Lunatic asylums Burma 1907-21 - 1907-1921
Year: 1907
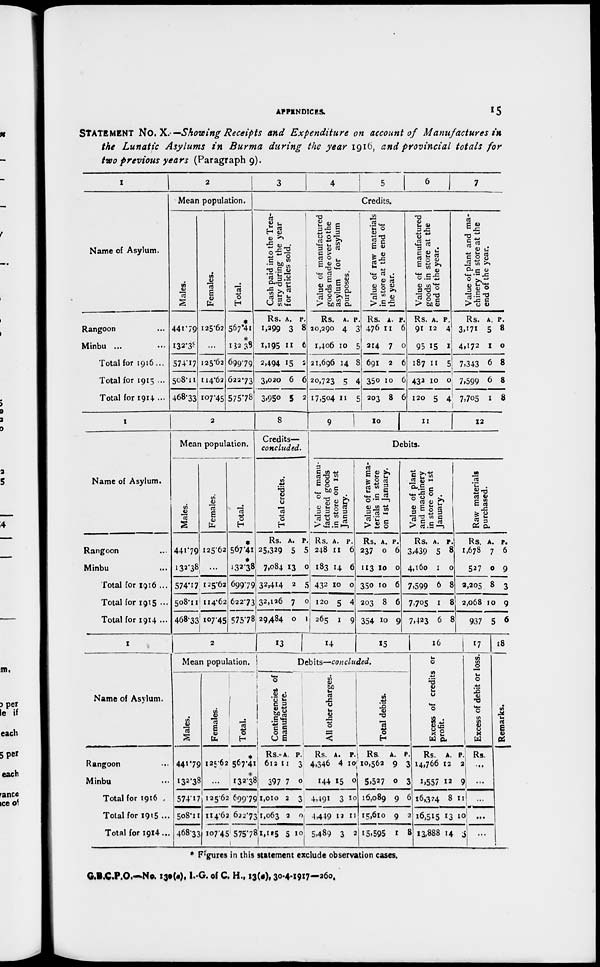
APPENDICES.
15
STATEMENT No. X.—Showing Receipts and Expenditure on account of Manufactures in
the Lunatic Asylums in Burma during the year 1916, and provincial totals for
two previous years (Paragraph 9).
1
Name of Asylum.
Rangoon ...
Minbu ...
Total for 1916...
Total for 1915 ...
Total for 1914 ...
2
Mean population.
Mal es .
441.79
132.38
574.17
508.11
468.33
Fe ma l
e s .
125.62
...
125.62
114.62
107.45
Total.
*
567.41
132.38
699.79
622.73
575.78
3
4
5
6
7
Credits.
Cash paid into the Trea-
sury during the year
for articles sold.
Rs.
1,299
1,195
2,494
3,020
3,950
A.
3
11
15
6
5
P.
8
6
2
6
2
Value of manufactured
goods made over to the
asylum for asylum
purposes.
Rs.
20,290
1,406
21,696
20,723
17,504
A.
4
10
14
5
11
P.
3
5
8
4
5
Value of raw materials
in store at the end of
the year.
Rs.
476
214
691
350
203
A.
11
7
2
10
8
P.
6
0
6
6
6
Value of manufactured
goods in store at the
end of the year.
Rs.
91
95
187
432
120
A.
12
15
11
10
5
P.
4
1
5
0
4
Value of plant and ma-
chinery in store at the
end of the year.
Rs.
3,171
4,172
7,343
7,599
7,705
A.
5
1
6
6
1
P.
8
0
8
8
8
1
Name of Asylum.
Rangoon ...
Minbu ...
Total for 1916 ...
Total for 1915 ...
Total for 1914 ...
2
Mean population.
Males.
441.79
132.38
574.17
508.11
468.33
Females.
125.62
...
125.62
114.62
107.45
Total.
*
567.41
*
132.38
699.79
622.73
575.78
8
Credits—
concluded.
Total credits.
Rs.
25,329
7,084
32,414
32,126
29,484
A.
5
13
2
7
0
P.
5
0
5
0
1
9
10 11
12
Debits.
Value of manu-
factured goods
in store on 1st
January.
Rs.
248
183
432
120
265
A.
11
14
10
5
1
P.
6
6
0
4
9
Value of raw ma-
terials in store
on 1st January.
Rs.
237
113
350
203
354
A.
0
10
10
8
10
P.
6
0
6
6
9
Value of plant
and machinery
in store on 1st
January.
Rs.
3,439
4,160
7,599
7,705
7,423
A.
5
1
6
1
6
P.
8
0
8
8
8
Raw materials
purchased.
Rs.
1,678
527
2,205
2,068
937
A.
7
0
8
10
5
P.
6
9
3
9
6
1
Name of Asylum.
Rangoon
Minbu
Total for 1916
Total for 1915 ...
Total for 1914...
2
Mean population. !
Males.
441.79
132.38
574.17
508.11
468.33
Females.
125.62
...
125.62
114.62
I07.45
Total.
*
567.41
132.38
699.79
622.73
575.78
13
14
15
Debits—concluded.
Contingencies of
manufacture.
Rs.
612
397
1,010
1,063
1,125
A.
11
7
2
2
5
P.
3
0
3
0
10
All other charges.
Rs.
4,346
144
4,491
4,449
5,489
A.
4
15
3
12
3
p.
10
0
10
11
2
Total debits.
Rs.
10,562
5,527
16,089
15,610
15,595
A.
9
0
9
9
1
P.
3
3
6
2
8
16
Excess of credits or
profit.
Rs.
14,766
1,557
16,324
16,515
13,888
A.
12
12
8
13
14
P.
2
9
11
10
3
17
Excess of debit or loss.
Rs.
...
...
...
...
...
18
Remarks.
* Figures in this statement exclude observation cases.
G.B.C.P.O.—No. 130(a), I.-G. of C. H., 13(a), 30-4-1917—260.